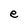
Character: e